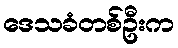
ဒေသခံတစ်ဦးက